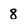
Character: 8